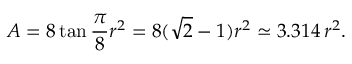
A = 8 \tan { \frac { \pi } { 8 } } r ^ { 2 } = 8 ( { \sqrt { 2 } } - 1 ) r ^ { 2 } \simeq 3 . 3 1 4 \, r ^ { 2 } .